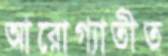
আরোগ্যাতীত